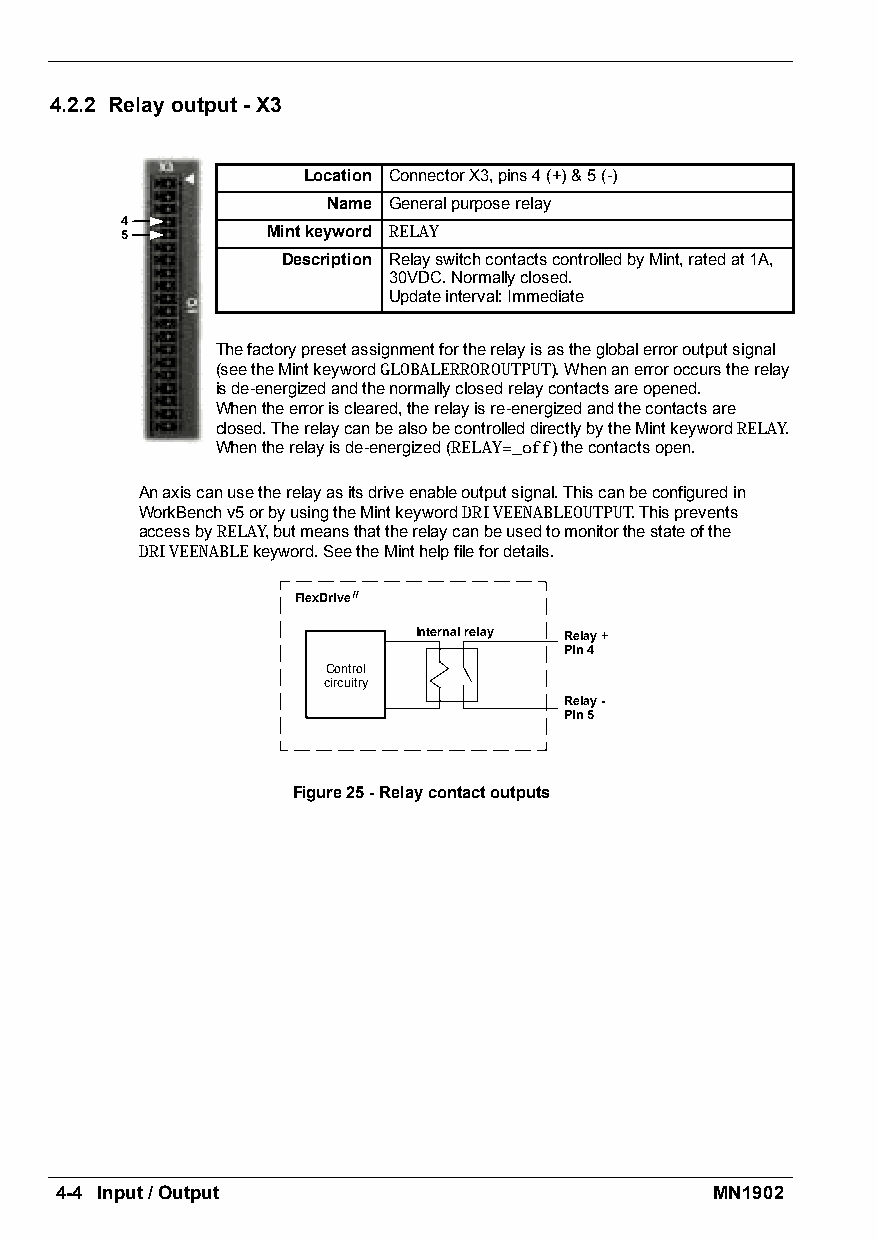
4.2.2 Relayoutput-X3
 Location ConnectorX3,pins4(+)&5(-)
 Name Generalpurposerelay
 4
 5         Mintkeyword RELAY
 Description RelayswitchcontactscontrolledbyMint,ratedat1A,
 30VDC.Normallyclosed.
 Updateinterval:Immediate
 Thefactorypresetassignmentfortherelayisastheglobalerroroutputsignal
 (seetheMintkeywordGLOBALERROROUTPUT).Whenanerroroccurstherelay
 isde-energizedandthenormallyclosedrelaycontactsareopened.
 Whentheerroriscleared,therelayisre-energizedandthecontactsare
 closed.TherelaycanbealsobecontrolleddirectlybytheMintkeywordRELAY.
 Whentherelayisde-energized(RELAY=_off)thecontactsopen.
 Anaxiscanusetherelayasitsdriveenableoutputsignal.Thiscanbeconfiguredin
 WorkBenchv5orbyusingtheMintkeywordDRIVEENABLEOUTPUT.Thisprevents
 accessbyRELAY,butmeansthattherelaycanbeusedtomonitorthestateofthe
 DRIVEENABLEkeyword.SeetheMinthelpfilefordetails.
 FlexDriveII
 Internalrelay Relay+
 Pin4
 Control
 circuitry
 Relay-
 Pin5
 Figure25-Relaycontactoutputs
 4-4 Input/Output                           MN1902